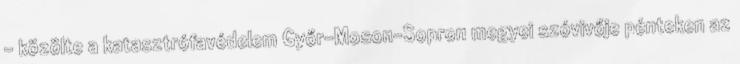
- közölte a katasztrófavédelem Győr-Moson-Sopron megyei szóvivője pénteken az